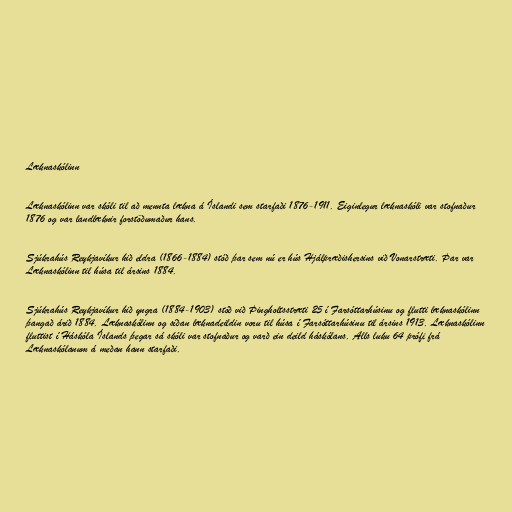
Læknaskólinn

Læknaskólinn var skóli til að mennta lækna á Íslandi sem starfaði 1876-1911. Eiginlegur læknaskóli var stofnaður
1876 og var landlæknir forstöðumaður hans.

Sjúkrahús Reykjavíkur hið eldra (1866-1884) stóð þar sem nú er hús Hjálpræðishersins við Vonarstræti. Þar var
Læknaskólinn til húsa til ársins 1884.

Sjúkrahús Reykjavíkur hið yngra (1884-1903) stóð við Þingholtsstræti 25 í Farsóttarhúsinu og flutti læknaskólinn
þangað árið 1884. Læknaskólinn og síðan læknadeildin voru til húsa í Farsóttarhúsinu til ársins 1913. Læknaskólinn
fluttist í Háskóla Íslands þegar sá skóli var stofnaður og varð ein deild háskólans. Alls luku 64 prófi frá
Læknaskólanum á meðan hann starfaði.